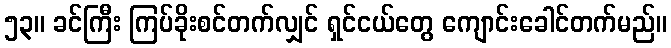
၅၃။ ခင်ကြီး ကြပ်ခိုးစင်တက်လျှင် ရှင်ငယ်တွေ ကျောင်းခေါင်တက်မည်။